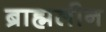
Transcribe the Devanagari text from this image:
ब्राह्मलीन